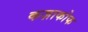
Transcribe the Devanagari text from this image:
कज़ाकोफ